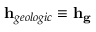
\mathbf { h } _ { g e o l o g i c } \equiv \mathbf { h } _ { \mathbf { g } }